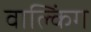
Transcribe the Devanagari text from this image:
वाल्किंग